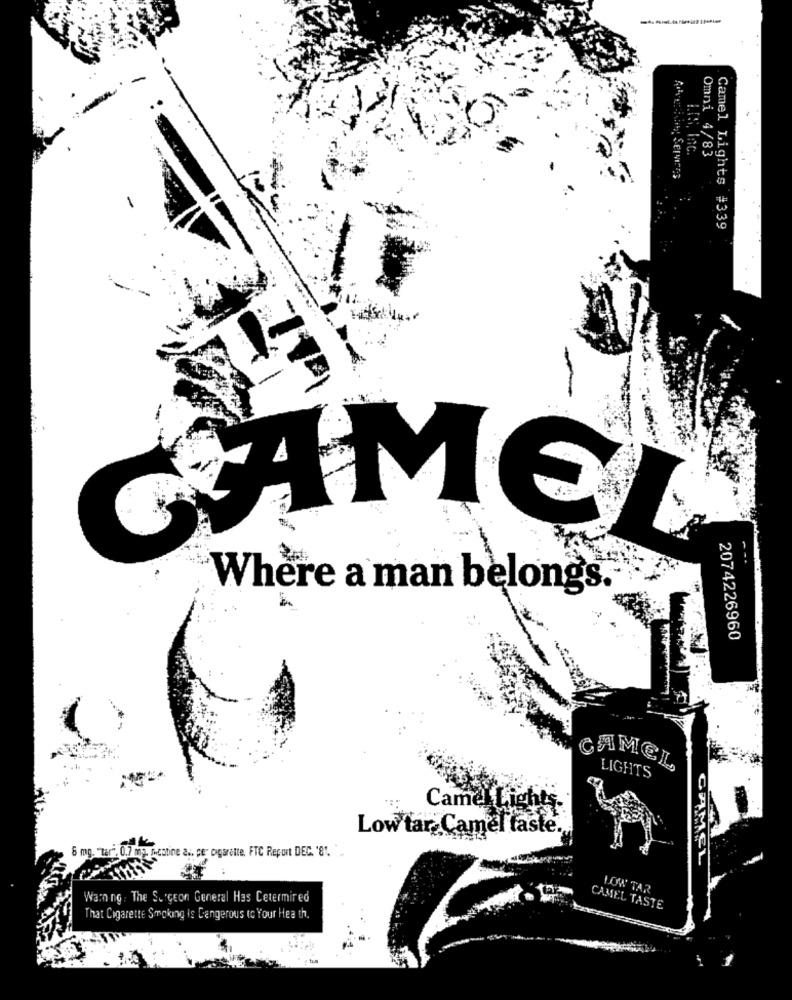
Omni 4/83
Camel Lights #339
GAMEL
Where a man belongs.
2074226960
CAMEL
LIGHTS
Camel Lights.
Low tar, Camel faste.
6 mg. "tar
cabine a .. per cigarette, FTC Report DEC. '81.
MCL
LOW TAR
Warning: The Surgeon General Has Cetermired
CAMEL TASTE
That Cigarette Smoking is Dangerous to Your Hea th.